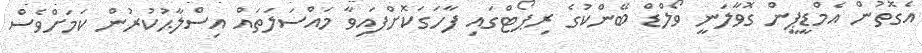
އެގޮތުން އެމްޑީޕީން ގޮވާލަނީ ވޯލްޑް ބޭންކުގެ ރިޕޯޓްގައި ފާހަގަކޮށްފައިވާ މައްސަލަތައް އިސްލާޙުކުރުން ކަމަށްވެސް